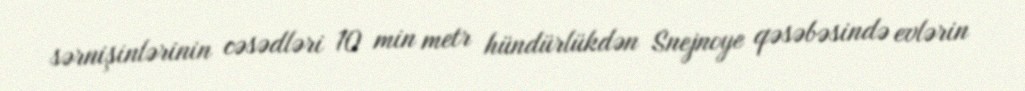
sərnişinlərinin cəsədləri 10 min metr hündürlükdən Snejnoye qəsəbəsində evlərin